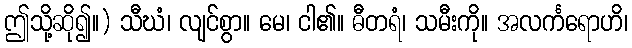
ဤသို့ဆို၍။) သီဃံ၊ လျင်စွာ။ မေ၊ ငါ၏။ ဓီတရံ၊ သမီးကို။ အလင်္ကရောဟိ၊